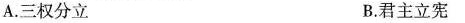
A.三权分立 B.君主立宪